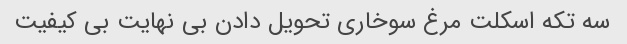
سه تکه اسکلت مرغ سوخاری تحویل دادن بی نهایت بی کیفیت